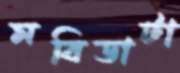
মবিডাটা